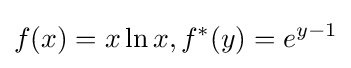
f(x)=x\ln x,f^{*}(y)=e^{y-1}